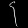
Digit: ၄